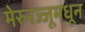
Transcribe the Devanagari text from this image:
मेरुरज्जूमधून